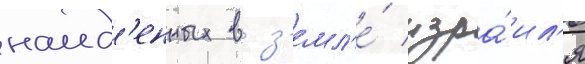
наид'енных в з'емл'е́ изра́ил'я